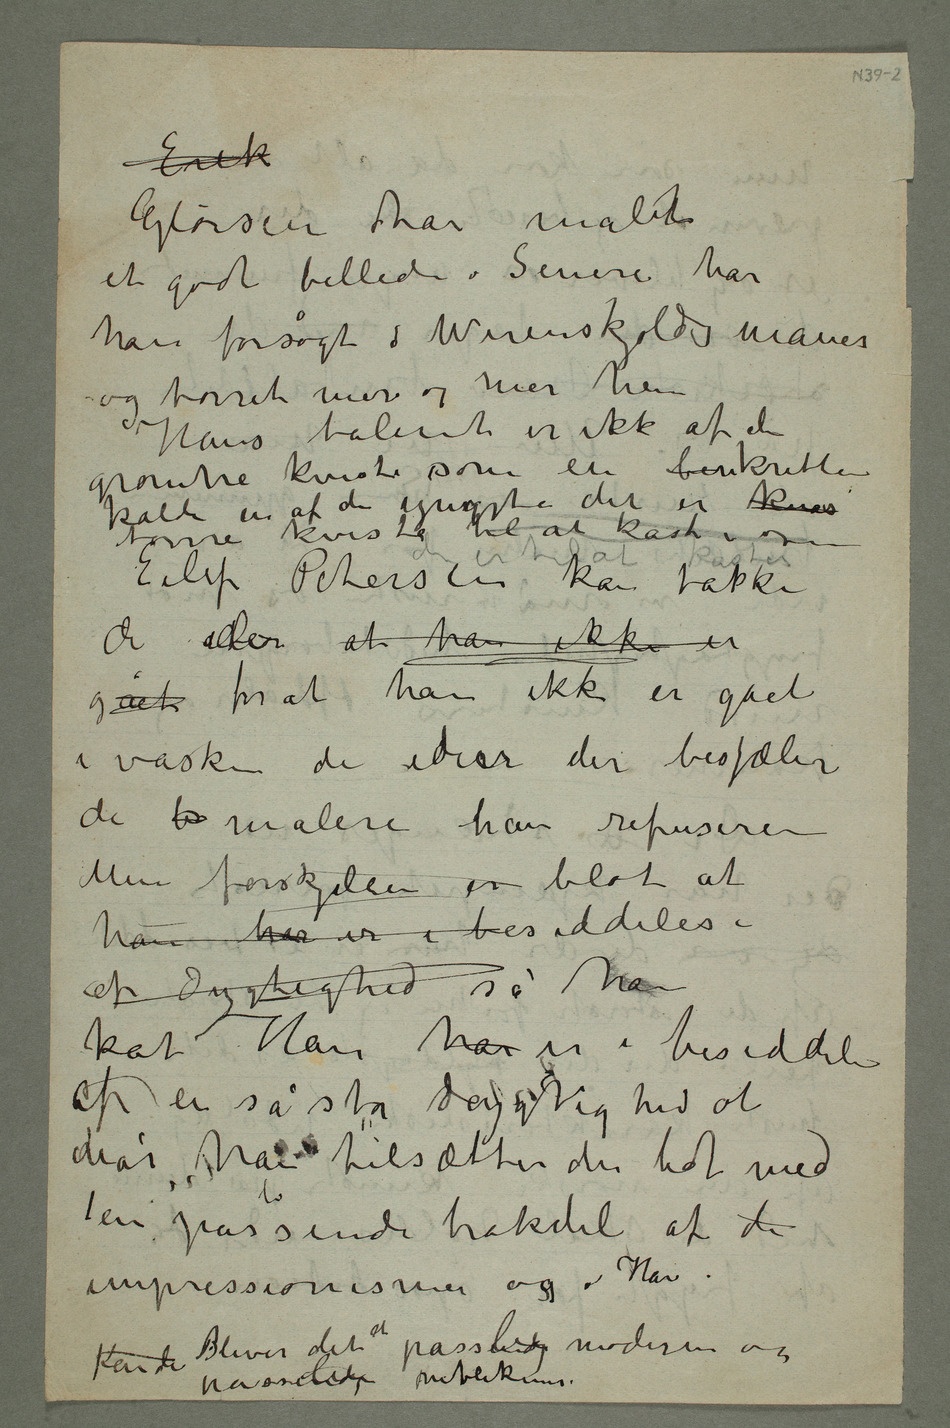
Erik
Glørsen har malet
et godt billede. Senere har
han forsøgt i Werenskjolds maner og
tørret mer og mer hen
Hans talent er ikke af de
grønne kvister som en benkritiker
kalder en af de yngste det er k tørre kvister til at kaste i
de der at han ikke er
gået for at han ikke er gået
i vasken de ideer der besjæler
de b malere han refuserer
Men forskjellen er blot at
han har er i besiddelse
af dygtighed så han
ka Han har er i besiddelse
af en så stor dygtighed at
når han tilsætter den lidt med
en passende brøkdel af de
Kan de bBliver det et passelig moderne og